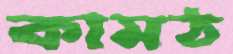
কামঠ